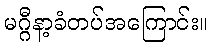
မဂ္ဂီနာ့ခံတပ်အကြောင်း။